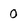
Character: 0